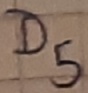
Text: D5